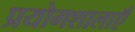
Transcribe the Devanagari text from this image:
प्रयोगशालाऍं